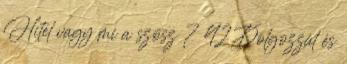
Hitel vagy mi a szösz ? 42 Dolgozzál és